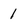
Character: 1